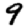
Digit: 9